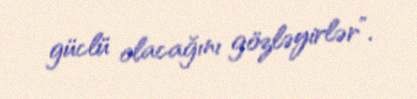
güclü olacağını gözləyirlər”.